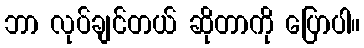
ဘာ လုပ်ချင်တယ် ဆိုတာကို ပြောပါ။